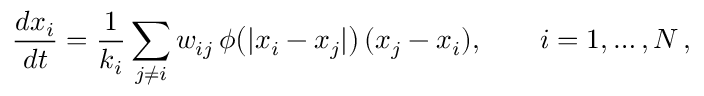
\frac { d x _ { i } } { d t } = \frac { 1 } { k _ { i } } \sum _ { j \neq i } w _ { i j } \, \phi \big ( | x _ { i } - x _ { j } | \big ) \, ( x _ { j } - x _ { i } ) , \quad \quad i = 1 , \dots , N \, ,